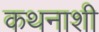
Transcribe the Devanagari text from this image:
कथनाशी